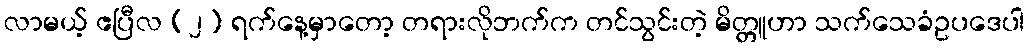
လာမယ့် ဧပြီလ (၂) ရက်နေ့မှာတော့ တရားလိုဘက်က တင်သွင်းတဲ့ မိတ္တူဟာ သက်သေခံဥပဒေပါ